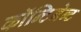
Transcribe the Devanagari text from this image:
कॉन्टिनेन्ट